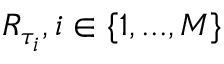
R _ { \tau _ { i } } , i \in \{ 1 , . . . , M \}